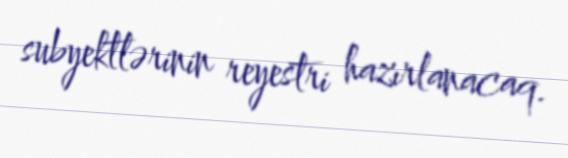
subyektlərinin reyestri hazırlanacaq.